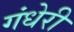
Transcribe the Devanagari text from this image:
गंधेरी